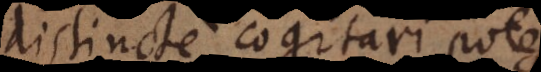
distincte cogitari potest,